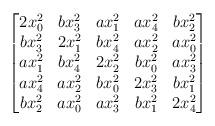
LaTeX: \begin{align*}\begin{bmatrix}2x_0^2 & bx_3^2 & a x_1^2 & a x_4^2 & b x_2^2 \\b x_3^2 & 2x_1^2 & b x_4^2 & a x_2^2 & a x_0^2 \\a x_1^2 & b x_4^2 & 2 x_2^2 & b x_0^2 & a x_3^2 \\a x_4^2 & a x_2^2 & b x_0^2 & 2 x_3^2 & b x_1^2 \\b x_2^2 & a x_0^2 & a x_3^2 & b x_1^2 & 2 x_4^2\end{bmatrix}\end{align*}